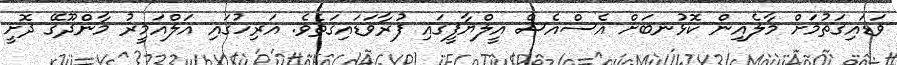
ވަޑައިގަތުމަށް މާލެއިން ކޮޅުނބަށް އެސްއެސް އީލްޔާފީގައި ފުރާވަޑައިގަތެވެ. އަރިހުގައި އަލްއަމީރު މާންދޫގޭ ދޮށީ